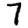
Digit: 7